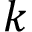
k